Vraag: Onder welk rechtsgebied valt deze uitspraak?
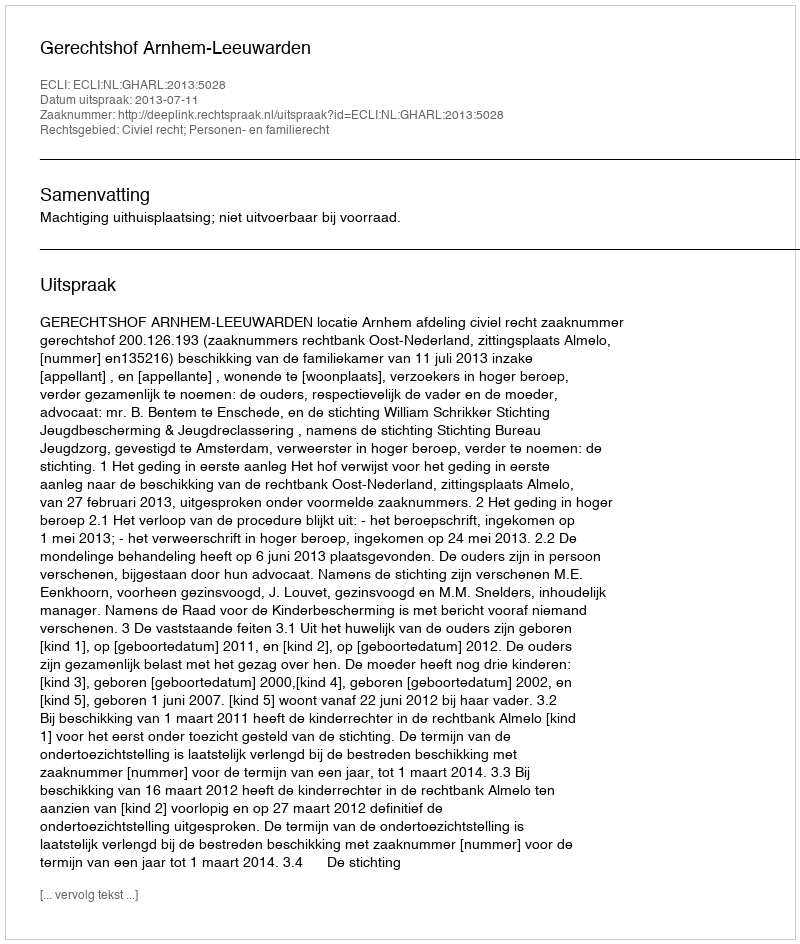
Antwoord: Civiel recht; Personen- en familierecht